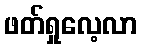
ဖတ်ရှုလေ့လာ